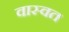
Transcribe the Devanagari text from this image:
वास्वत